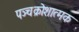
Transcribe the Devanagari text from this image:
पञ्चक्रोशात्मक